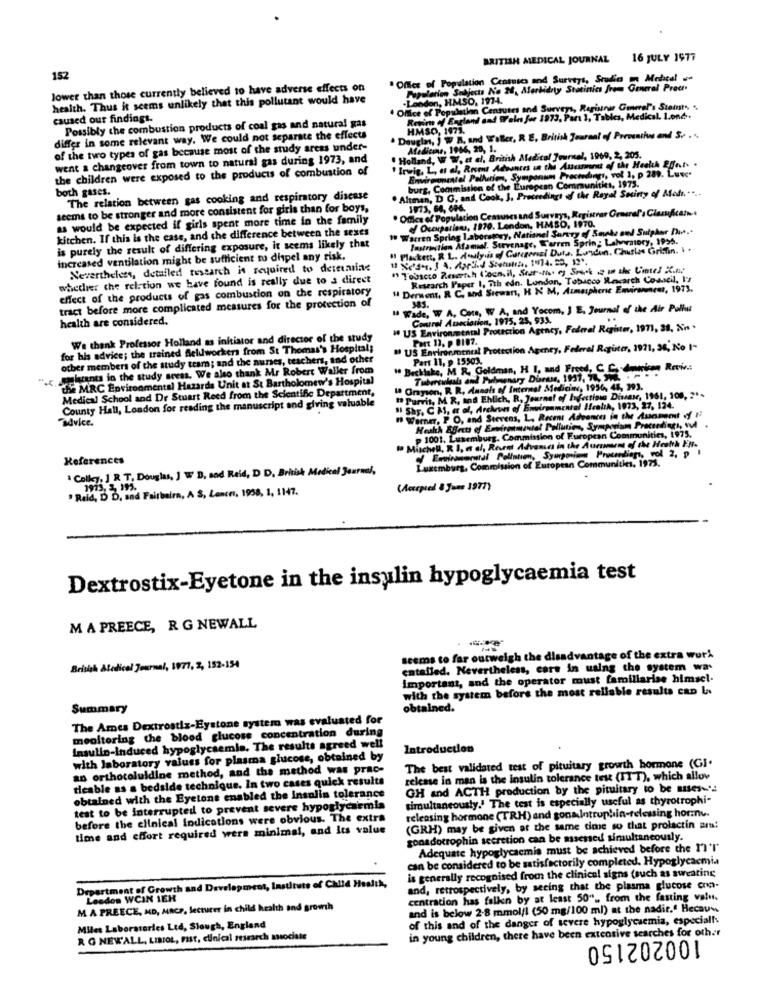
BRITISH MEDICAL JOURNAL
16 JULY 1977
152
. Office of Population Censuscs and Surveys, Studio on Medical .
lower than those currently believed to have adverse effects on
Population Subjects No M. Morbidity Statinies from General Pract
health. Thus it seems unlikely that this pollutant would have
London, HMSO, 1974.
Office of Populaslan Censuses and Surveys, Registru Generel's Stemt. ..
caused our findingt.
Revim of England and Feln fue 1973, Par ), Tables, Medical. 1.one.
Possibly the combustion products of coal gas and natural gas
HMSO, 1973.
differ in some relevant way. We could not separate the effects
· Douglas, ) W R. and Willer, R E. British Journal of Preventive and S. ...
of the two types of gas because most of the study areas under-
Asedicine, 1966, 20, 1.
went a changeover from town to natural gas during 1973, and
. Holland, W W. et al. British Aladical Journal, 1969, 2, 205.
" Irwig, L, at al, Recent Advances in the Auunnet of the Health Effect. .
the children were exposed to the products of combustion of
miranmental Palherion, Symponum Proceedings, vol 1, p 289. Luxe.
burg, Commission of the European Communities, 1973.
both gases.
. Altman, D G, and Cook, 3, Proceedings of the Royal Socirty of Madı. ....
The relation between gas cooking and respiratory disease
seems to be stronger and more consistent for girls than for boys,
· Office of Population Censuses and Surveys, Registrar Grmural's Clarkcant
1973, 64, 696.
as would be expected if girls spent more time in the family
Occupations, 1970. London, HMSD, I970.
kitchen. If this is the case, and the difference between the sexes
" Warren Spring Laboratory, National Survey of Savhe ond Sulphur Php ..
Fastraction Atamal. Stevenage, Warren Sprin: Laboratory, 1995.
is purely the result of differing exposure, it seems likely that
" Plaskett, R. L. Aouly.is of Garezensi Duta, London, Charles Grisin. ..
increased ventilation might be sufficient to dispel any risk.
Nevertheless, detailed research is required to dettiarias
1 Tobacco Reserich (oonil, Star-thus es Srock . in the Cintel X.no
whether the relation we have found is really due to a direct
Research Paper 1, 7th edn. London, Tabacco Insearch Conseil, I's
effect of the products of gas combustion on the respiratory
" Derwent, R C. and Siewant, H N M, Aunesphere Environment, 1973.
tract before more complicated measures for the protection of
. Wade, W A, Cats, W A, and Yocom, J E. Journal of the Air Pollut
383.
health are considered.
Cortrel Ataciorion, 1975, 25, 931.
" US Environmental Protection Agency, Federal Register, 1971, 38, N.s .
We thank Professor Holland as initiator and director of the study
Part 13. p 8107.
for his advice; the trained Acidworkers from St Thomas's Hospital;
" US Environmental Protection Agency, Federal Register, 1971, 36, No I-
other members of the study team; and the nurses, teachers, and other
Part 11, > 15503.
'.e. theants in the study areas. We also thank Mr Robert Waller from
1. Becklake, M
he, M R. Goldman, H I, and Freed, C. C. denkm Retiv .:
the MRC Environmental Hazards Unit at St Bartholomew's Hospital
Medical School and Dr Stuart Reed from the Scientific Department,
1 Grayson, R. R. Annals of Internal Medicine, 1956, 48, 393.
County Hall, London for reading the manuscript and giving valuable
" Purvis, M. R, and Ehlich, R, Journal of Infectious Disease, 1951, 100, 2 **
Shy. CM, at al, Archeon of Ent
mmcare Health, 1973, 27, 124.
advice.
" Werner, P.O, and Stevens, L. Recent Advances in the Aunment of 1
takk ABects of Environmental Pollution, Symposium Pr
Proceedings, sul
" Mitchell, R. I. a dl, Recent Advances in the Aurssarms of the Heath EN.
p 1001, Luxemburg. Commission of European Communities, 1975.
References
Luxemburg, Commission of European Communities, 1973.
Environstal Pollution, Syurporien Proceedings, vol 2, p
Colky, 1 R T, Douglas, J W B. sad Reid, D D. British Medical Journal,
Reid, D D, and Fairbairn, A S, Lencer, 1958, 1, 1147.
(Accepted & June 1977)
Dextrostix-Eyetone in the insulin hypoglycaemia test
M A PREECE, R G NEWALL
seems to far outweigh the disadvantage of the extra wurk
British Atedical Journal, 1977, 2, 152-154
entailed. Nevertheless, care in using the system wa.
Important, and the operator must familiarise himscl-
with the system before the most reliable results can La
Summary
obtained.
The Ames Dextrostiz-Eystone system was evaluated for
mealtering the blood glucose concentration during
Insulin-induced hypoglycaemia. The results agreed well
Introduction
with laboratory values for plasma glucose, obtained by
an orthotoluldine method, and the method was prac-
The best validated test of pituitary growth hormone (Gl.
teable as s bedside technique. In two cases quick results
release in man is the insulin tolerance test (ITT), which allow
GH and ACTH production by the pituitary to be asses ...
obtained with the Eyetone enabled the insulin tolerance
simultaneously.' The test is especially useful as thyrotrophi-
test to be interrupted to prevent severe hypoglycaemis
releasing hormone (TRH) and gonalotrophin-telessing horme.
before the clinical indications were obvious. The extra
time and chfort required wers minimal, and its value
(GRH) may be given at the same time so that prolactin ars!
gonadotrophin secretion can be assessed simultaneously.
Adequate hypoglycaemia must be achieved before the ri'r'
can be considered to be satisfactorily completed. Hypoglycacmia
is generally recognised from the clinical signs (such as swearing
Department of Growth and Development, Institute of Child Health,
and, retrospectively, by secing that the plasma glucose coo-
Lesdon WCIN 1EH
centration has falken by at least 50" ., from the fasting valu.
MA PREECE, MD, MRCP, lecturer in child health and growth
and is below 2-8 mmol/l (50 mg/100 ml) at the nadir." Hecauw
of this and of the danger of severe hypoglycaemia, especially
Miles Laboratories Led, Slough, England
in young children, there have been extensive searches for oth.r
R G NEW'ALL, LIBIOL, FIST, clinical research associate
100202150